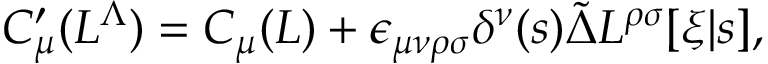
C _ { \mu } ^ { \prime } ( L ^ { \Lambda } ) = C _ { \mu } ( L ) + \epsilon _ { \mu \nu \rho \sigma } \delta ^ { \nu } ( s ) \widetilde \Delta L ^ { \rho \sigma } [ \xi | s ] ,